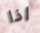
اذا